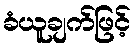
ခံယူချက်ဖြင့်